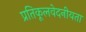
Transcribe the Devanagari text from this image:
प्रतिकूलवेदनीयता